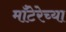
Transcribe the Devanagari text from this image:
माँटेरेच्या